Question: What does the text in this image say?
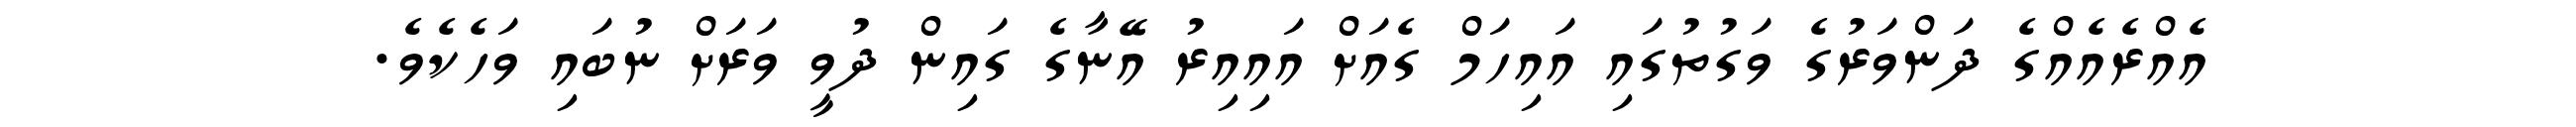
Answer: އެއްރެއެއްގެ ދަންވަރުގެ ވަގުތުގައި އައިހަމް ގެއަށް އައިއިރު އޭނާގެ ގައިން ދުވީ ވަރަށް ނުބައި ވަހެކެވެ.